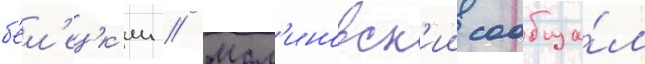
б'ел'ецк'ии // Мал'иновск'ии сообща́л